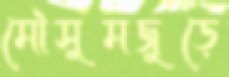
মৌসুমজুড়ে